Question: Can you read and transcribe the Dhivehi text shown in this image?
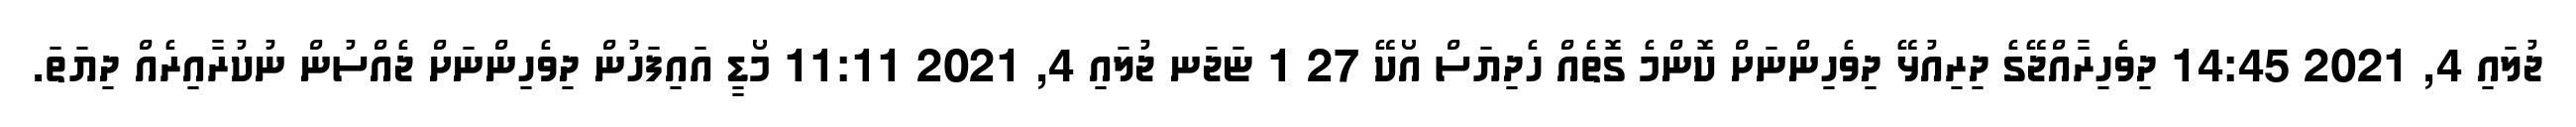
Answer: ޖުލައި 4, 2021 14:45 ދިވެހިރާއްޖޭގެ ދިރިއުޅޭ ދިވެހިންނަށް ކޮންމެ ގޮތެއް ހެދިޔަސް އޯކޭ 27 1 ޏަޖަނ ޖުލައި 4, 2021 11:11 މޯޑީ އައިފަހުން ދިވެހިންނަށް ޖެއްސުން ނުކުރާއިރެއް ދިޔަތަ.